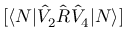
[ \langle N | \hat { V } _ { 2 } \hat { R } \hat { V } _ { 4 } | N \rangle ]